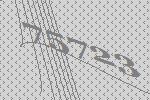
75723